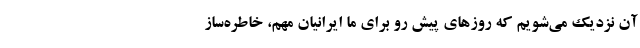
آن نزدیک می‌شویم که روزهای پیش رو برای ما ایرانیان مهم، خاطره‌ساز